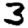
Digit: 3